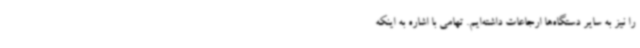
را نیز به سایر دستگاه‌ها ارجاعات داشته‌ایم. تهامی با اشاره به اینکه